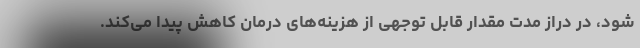
شود، در دراز مدت مقدار قابل توجهی از هزینه‌های درمان کاهش پیدا می‌کند.